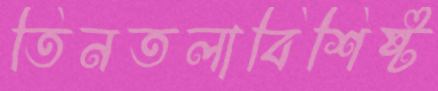
তিনতলাবিশিষ্ট